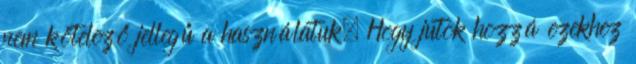
nem kötelező jellegű a használatuk. Hogy jutok hozzá ezekhez